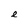
Character: e